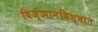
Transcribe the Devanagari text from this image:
विज्ञानविश्वात